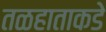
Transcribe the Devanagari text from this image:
तळहाताकडे